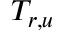
T _ { r , u }